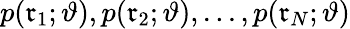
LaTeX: p(\mathfrak{r}_{1};\vartheta),p(\mathfrak{r}_{2};\vartheta),...,p(\mathfrak{r}_{N};\vartheta)